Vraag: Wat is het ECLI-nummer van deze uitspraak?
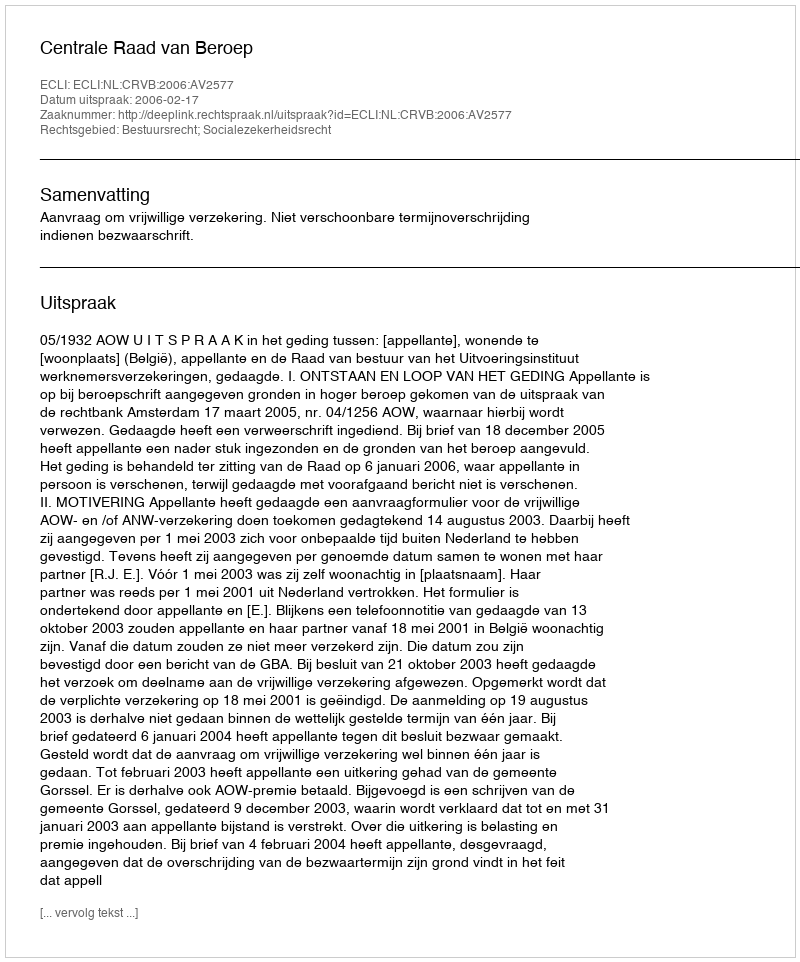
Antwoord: ECLI:NL:CRVB:2006:AV2577